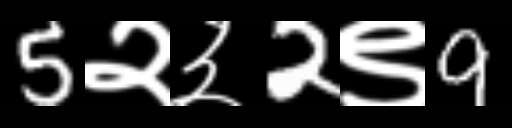
Text: 5२३2९9